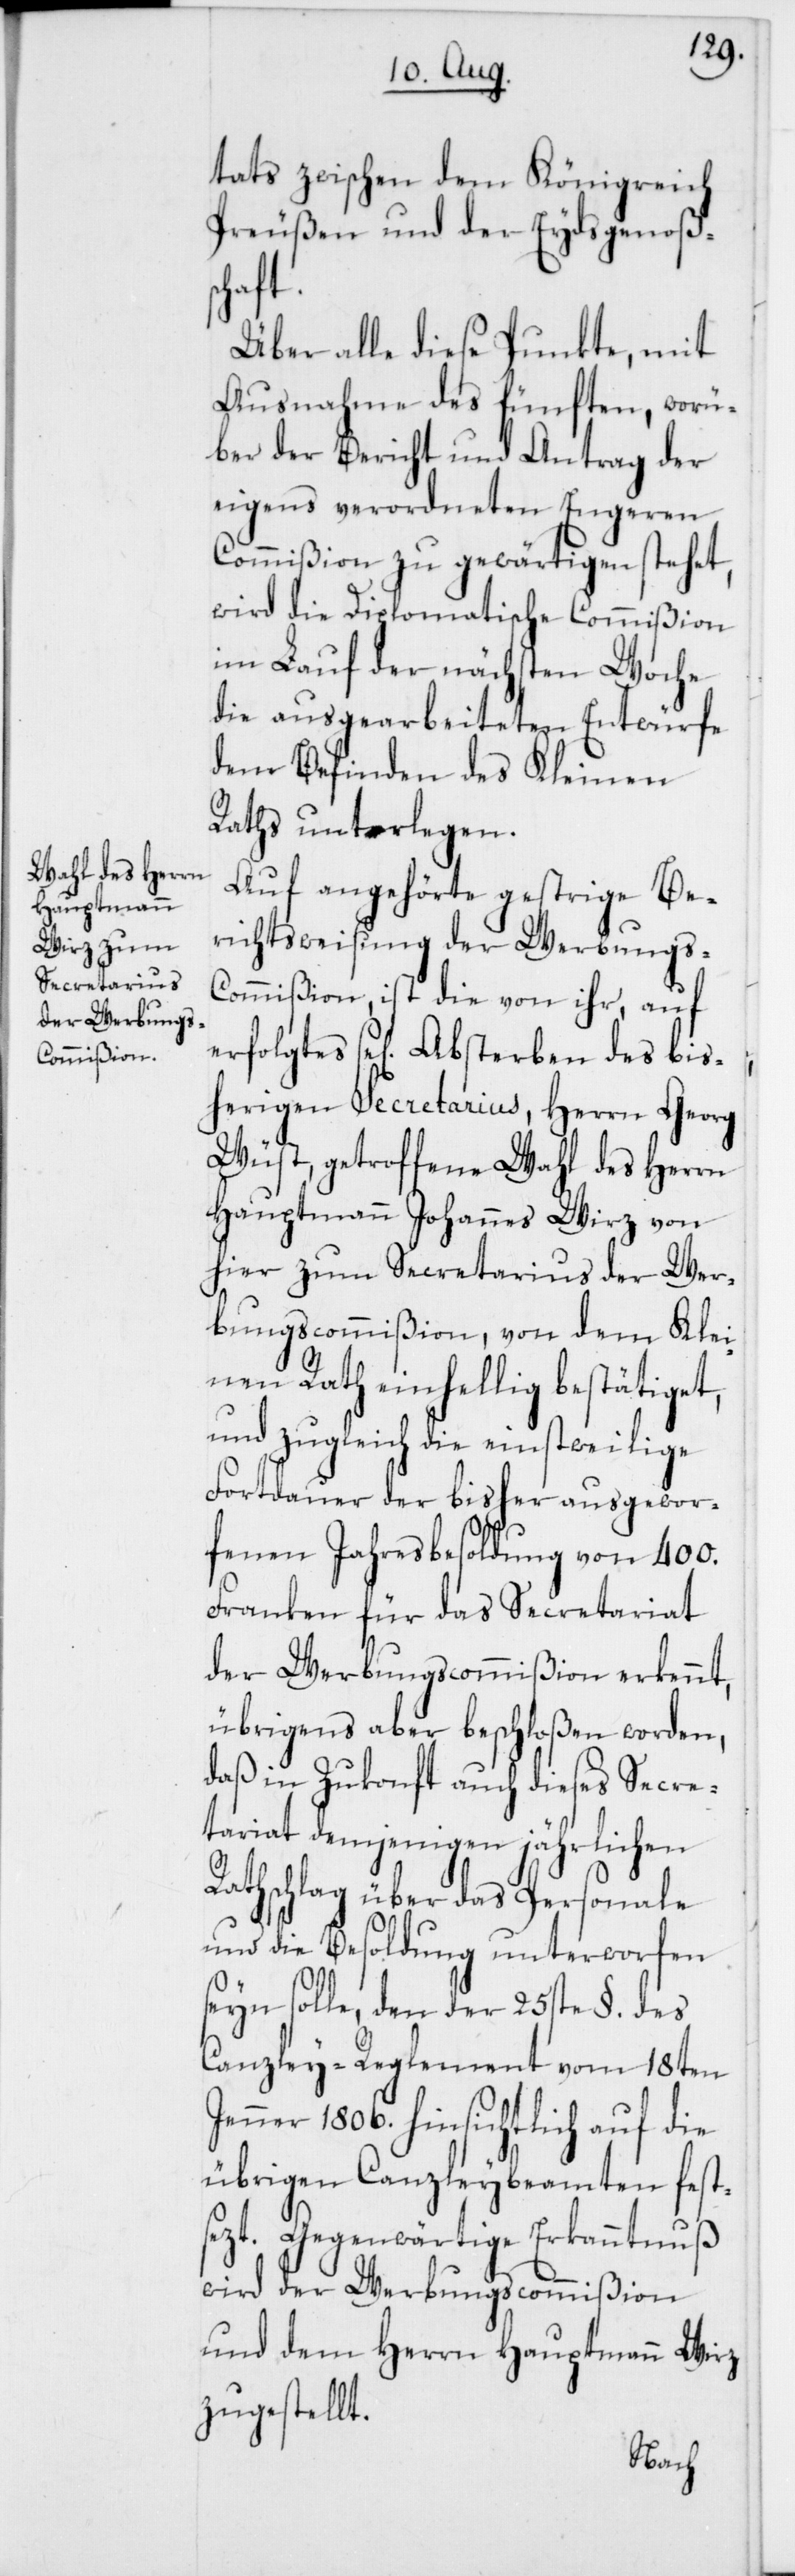
tats zwischen dem Königreich
Preußen und der Eydsgenoßen¬
schaft.
Über alle diese Punkte, mit
Ausnahme des fünften, worü¬
ber der Bericht und Antrag der
eigens verordneten Engeren
Commißion zu gewärtigen stehet,
wird die Diplomatische Commißion
im Lauf der nächsten Woche
die ausgearbeiteten Entwürfe
dem Befinden des Kleinen
Raths unterlegen.
Auf angehörte gestrige Be¬
richtsweisung der Werbungs-C¬
ommißion, ist die von ihr, auf
erfolgtes se[lig] Absterben des bis¬
herigen Secretarius, Herrn Georg
Wüst, getroffene Wahl des Herrn
Hauptmann Johannes Wirz von
hier zum Secretarius der Wer¬
bungscommißion, von dem Klei¬
nen Rath einhellig bestätiget,
und zugleich die einstweilige
Fortdauer der bisher ausgewor¬
fenen Jahresbesoldung von 400.
Franken für das Secretariat
der Werbungscommißion erkennt,
übrigens aber beschloßen worden,
daß in Zukonft auch dieses Secre¬
tariat demjenigen jährlichen
Rathschlag über das Personale
und die Besoldung unterworfen
seyn solle, den der 25ste §. des
Canzley-Reglement vom 18ten
Jenner 1806. hinsichtlich auf die
übrigen Canzleybeamten fests¬
ezt. Gegenwärtige Erkanntnuß
wird der Werbungscommißion
und dem Herrn Hauptmann Wirz
zugestellt.